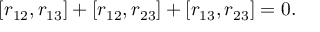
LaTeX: [ r _ { 1 2 } , r _ { 1 3 } ] + [ r _ { 1 2 } , r _ { 2 3 } ] + [ r _ { 1 3 } , r _ { 2 3 } ] = 0 .